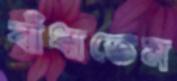
বাঁধাতেম